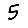
Digit: 5